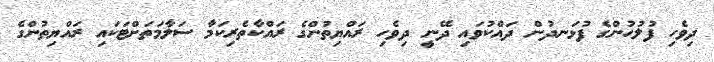
ދިވެހި ފުލުހުންގެ ފުޅަނދުން ދައްކުވައި ދޭނީ ދިވެހި ރައްޔިތުންގެ ރައްކާތެރިކަމާ ސަލާމަތަށްޓަކައި ރައްޔިތުންގެ